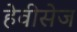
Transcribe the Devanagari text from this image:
हेवीसेज